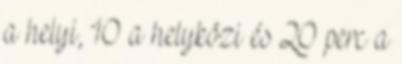
a helyi, 10 a helyközi és 20 perc a